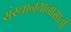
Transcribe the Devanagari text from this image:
संस्थानयानासाठी